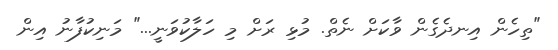
"ތިހެން އިނދެގެން ވާކަށް ނެތް. މުޅި ރަށް މި ހަލާކުވަނީ..." މަނިކުފާނު އިން